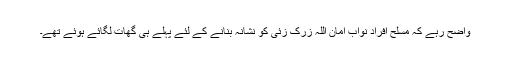
واضح رہے کہ مسلح افراد نواب امان اللہ زرک زئی کو نشانہ بنانے کے لئے پہلے ہی گھات لگائے ہوئے تھے۔